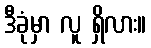
ဒီခုံမှာ လူ ရှိလား။